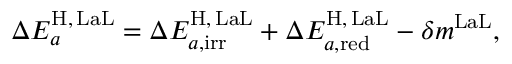
\begin{array} { r } { \Delta E _ { a } ^ { \mathrm { H } , \, \mathrm { L a L } } = \Delta E _ { a , \mathrm { i r r } } ^ { \mathrm { H } , \, \mathrm { L a L } } + \Delta E _ { a , \mathrm { r e d } } ^ { \mathrm { H } , \, \mathrm { L a L } } - \delta m ^ { \mathrm { L a L } } , \qquad } \end{array}